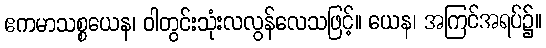
ဧကမာသစ္စယေန၊ ဝါတွင်းသုံးလလွန်လေသဖြင့်။ ယေန၊ အကြင်အရပ်၌။